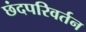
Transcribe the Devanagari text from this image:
छंदपरिवर्तन